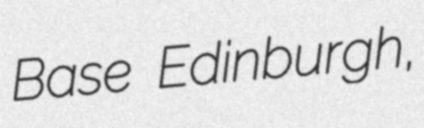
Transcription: Base Edinburgh,